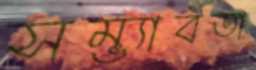
সম্ভ্যাবতা